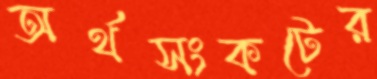
অর্থসংকটের